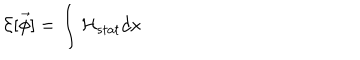
{ \cal E } [ \vec { \phi } ] = \int { \cal H } _ { s t a t } d x